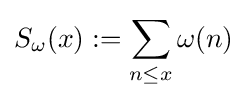
S_{\omega }(x):=\sum _{n\leq x}\omega (n)